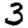
Digit: 3